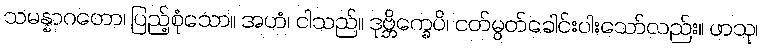
သမန္နာဂတော၊ ပြည့်စုံသော။ အဟံ၊ ငါသည်။ ဒုဗ္ဘိက္ခေပိ၊ ငတ်မွတ်ခေါင်းပါးသော်လည်း။ ဖာသု၊